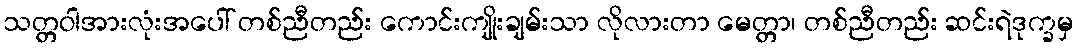
သတ္တဝါအားလုံးအပေါ် တစ်ညီတည်း ကောင်းကျိုးချမ်းသာ လိုလားတာ မေတ္တာ၊ တစ်ညီတည်း ဆင်းရဲဒုက္ခမှ